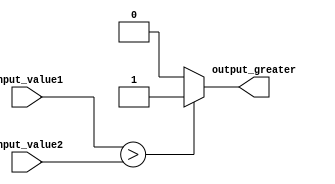
module greater_than_comparator (
    input wire [7:0] input_value1,
    input wire [7:0] input_value2,
    output reg output_greater
);

always @* begin
    if (input_value1 > input_value2) begin
        output_greater = 1;
    end else begin
        output_greater = 0;
    end
end

endmodule